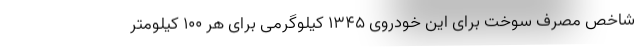
شاخص مصرف سوخت برای این خودروی 1345 کیلوگرمی برای هر 100 کیلومتر